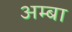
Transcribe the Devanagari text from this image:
अम्‍बा